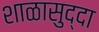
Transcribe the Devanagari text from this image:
शाळासुद्दा